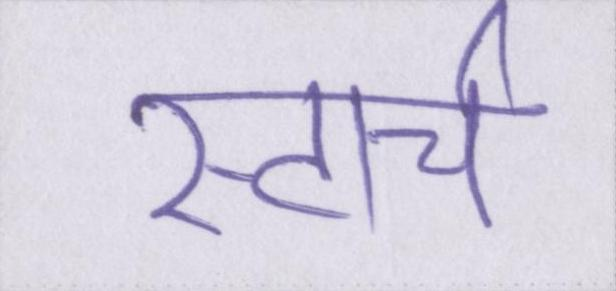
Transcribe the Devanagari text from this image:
स्टार्च